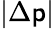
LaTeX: |\Delta\mathsf{p}|